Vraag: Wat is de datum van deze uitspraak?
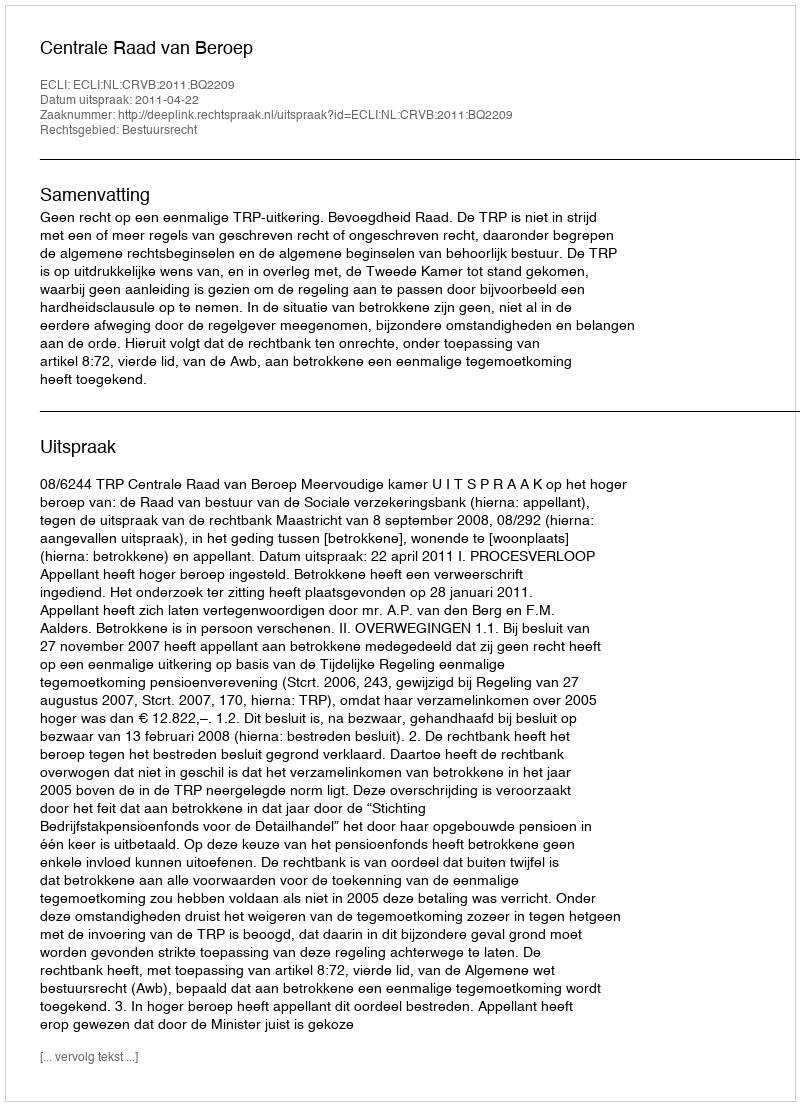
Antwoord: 2011-04-22